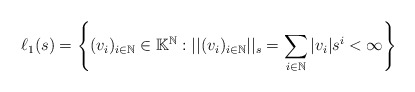
\begin{align*}\ell_1(s)=\left\{(v_i)_{i\in\mathbb{N}}\in\mathbb{K}^\mathbb{N}:||(v_i)_{i\in\mathbb{N}}||_s=\sum_{i\in\mathbb{N}}|v_i|s^i<\infty\right\}\end{align*}